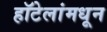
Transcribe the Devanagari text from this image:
हॉटेलांमधून